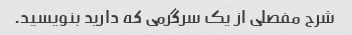
شرح مفصلی از یک سرگرمی که دارید بنویسید.